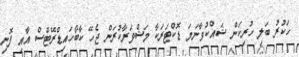
ހަކުރު ބަލި ހުރިކަން ޝައްކުވާނަމަ ޑޮކްޓަރަކާ މަޝްވަރާކުރަން ޖެހޭ ކާބޯހައިޑްރޭޓްސް އާއި ފޮނި